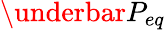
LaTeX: \underbar{P}_{eq}